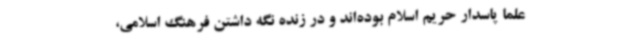
علما پاسدار حریم اسلام بوده‌اند و در زنده نگه داشتن فرهنگ اسلامی،